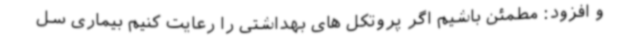
و افزود: مطمئن باشیم اگر پروتکل های بهداشتی را رعایت کنیم بیماری سل